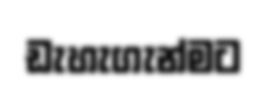
ඩැහැගැන්මට